Maali_päevik, lk 67
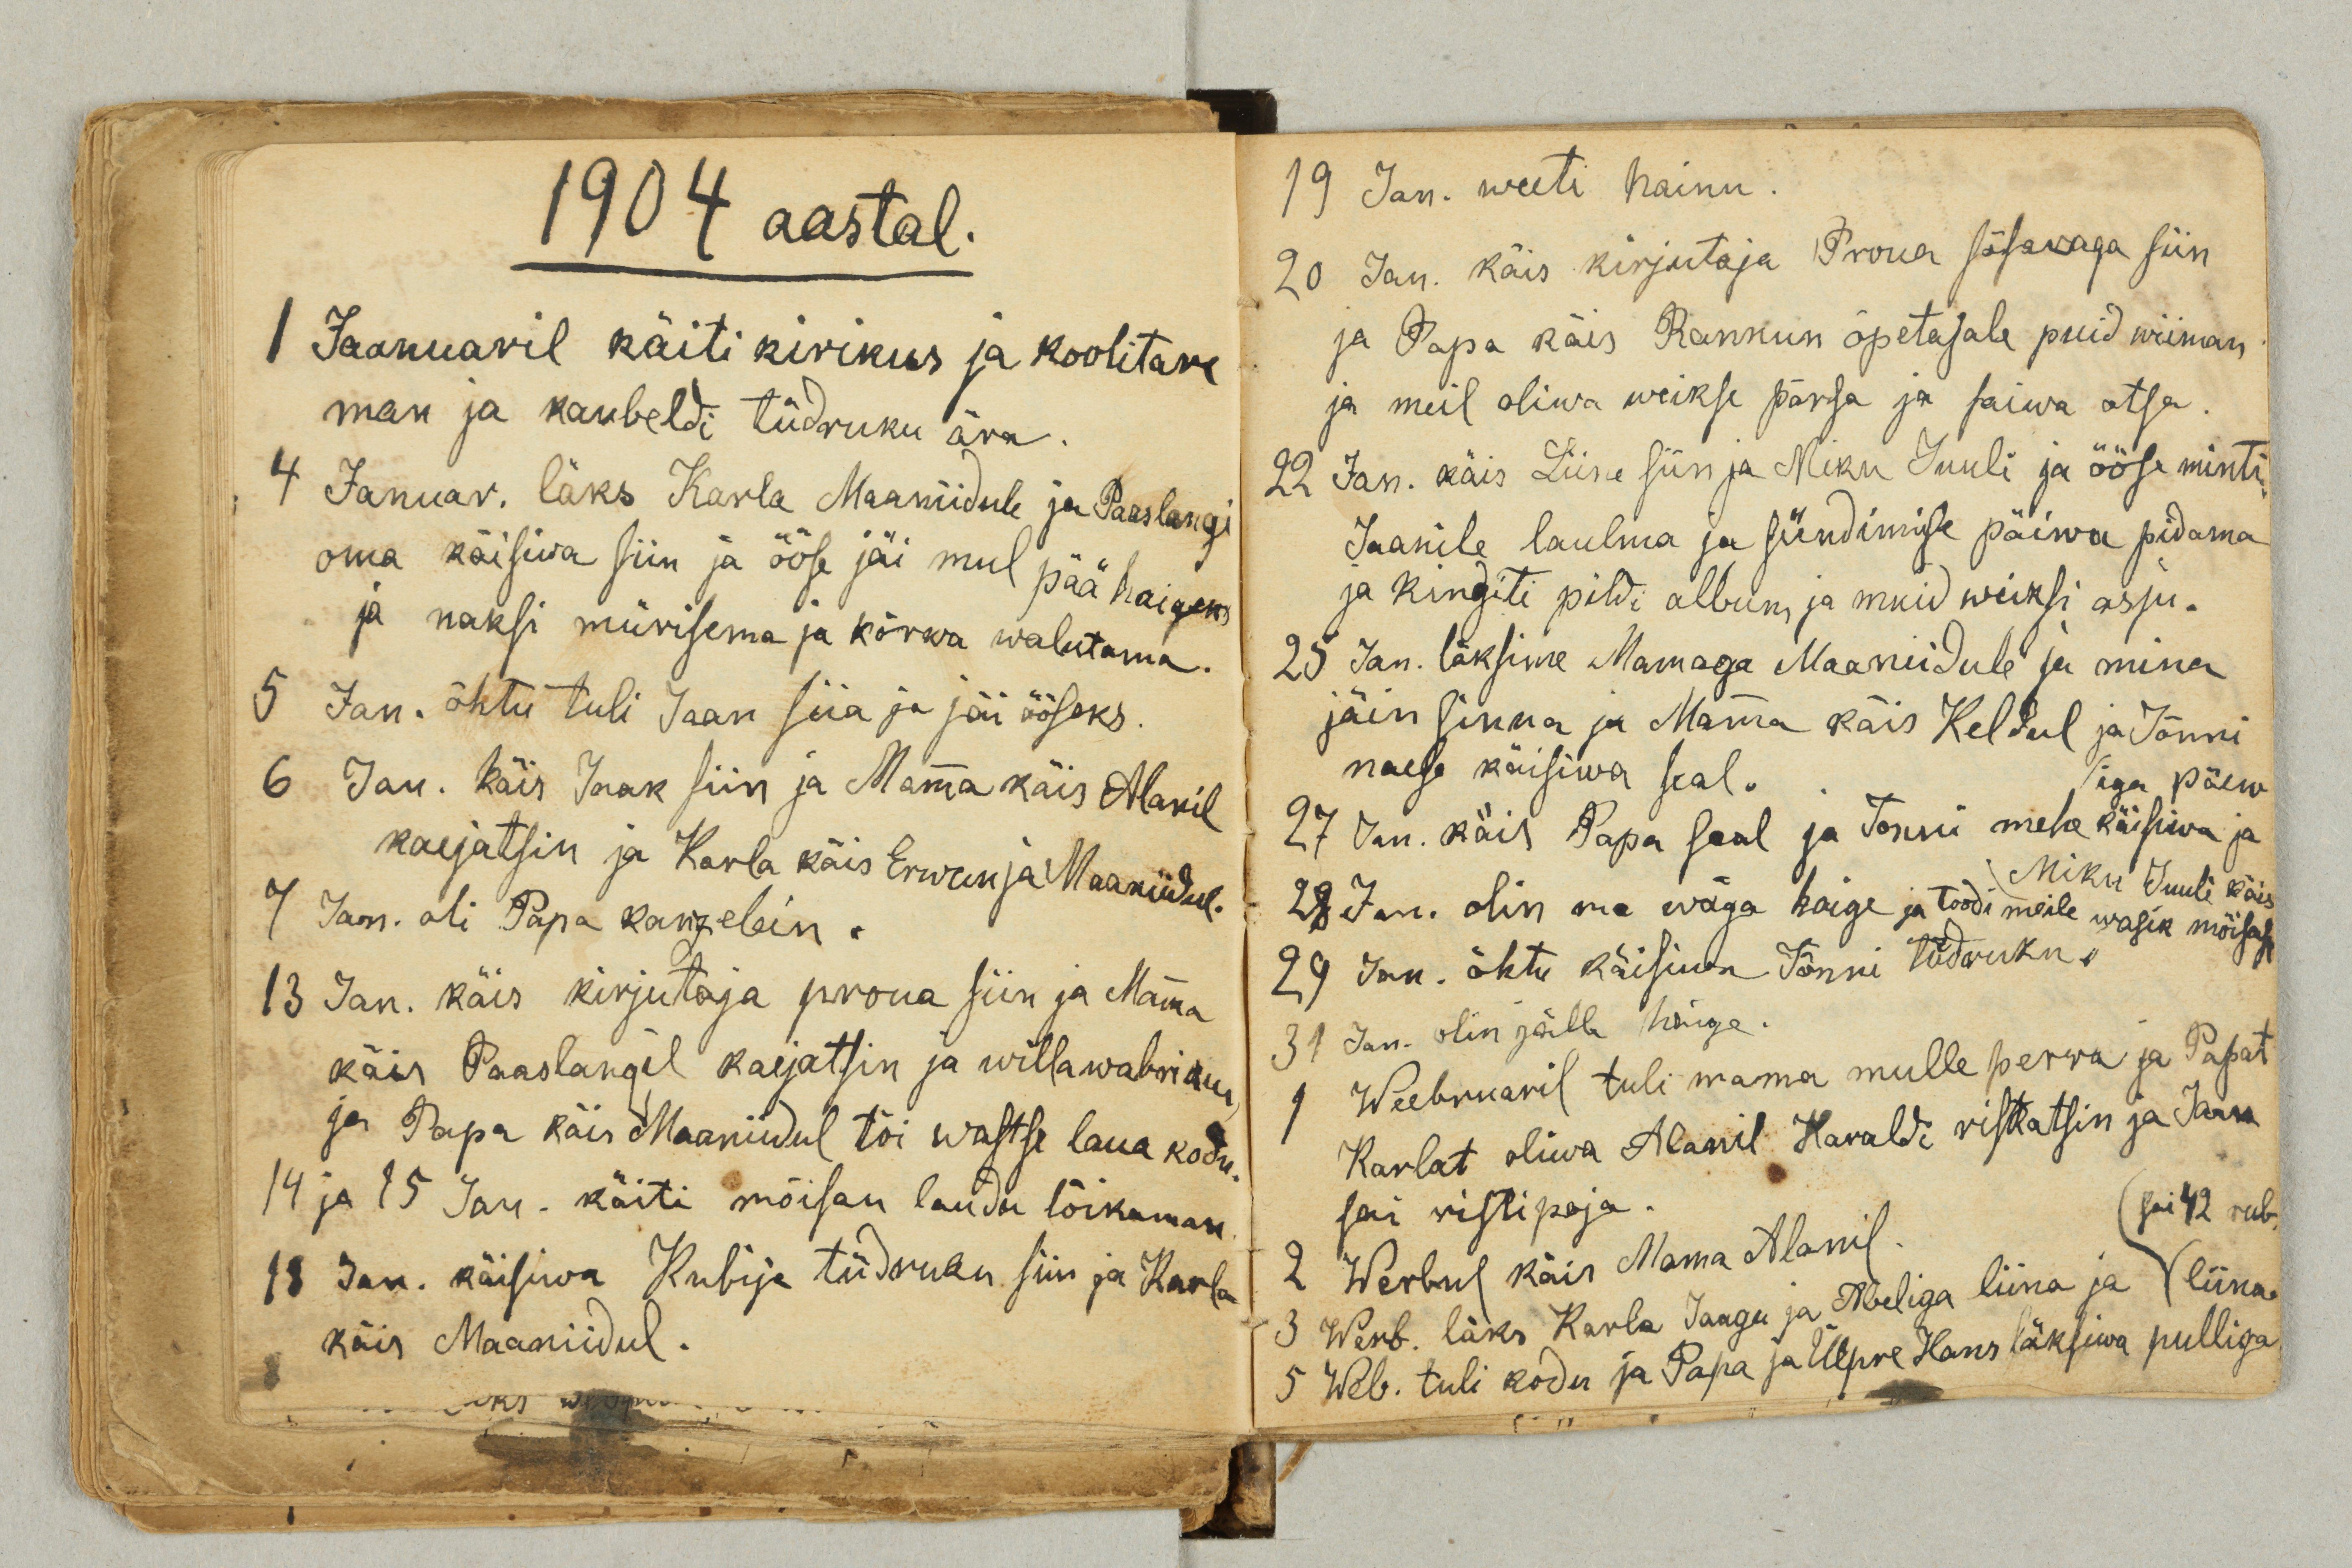
1904 aastal.
1 Jaanuaril käiti kirikus ja koolitare
man ja kaubeldi tüdruku ära.
4 Januar. läks Karla Maaniidule ja Paaslangi
oma käisiwa siin ja ööse jäi mul pää haigeks
ja haksi mürisema ja kõrwa walutama.
5 Jan. õhtu tuli Jaan siia ja jäi ööseks.
6 Jan. käis Jaak siin ja Mamma käis Alanil
karjatsin ja Karla käis Erwul ja Maaniidul.
7 Jan. oli Papa kanzelein.
13 Jan. käis kirjutaja proua siin ja Mamma
käis Paaslangil karjatsin ja willawabrikun
ja Papa käis Maaniidul tõi wastse laua kodu.
14 ja 15 Jan. käiti mõisan laudu lõikaman.
18 Jan. käisiwa Kubija tüdruku siin ja Karla
käis Maaniidul.

19 Jan. weeti hainu.
20 Jan. käis kirjutaja Proua sõsaraga siin
ja Papa käis Rannun õpetajale puid wiiman
ja meil oliwa weikse põrsa ja saiwa otsa.
22 Jan. käis Liine siin ja Miku Juuli ja ööse minti
Jaanile laulma ja sündimise päiwa pidama
ja kingiti pildi album ja muid weiksi asju.
25 Jan. läksime Mamaga Maaniidule ja mina
jäin sinna ja Mamma käis Keldul ja Jõnni
naese käisiwa seal.
iga päew
27 Jan. käis Papa seal ja Jõnni mehe käisiwa ja
Miku Juuli käis
28 Jan. olin ma wäga haige ja toodi meile wasik mõisast.
29 Jan. õhtu käisiwa Jõnni tüdruku.
31 Jan. olin jälle haige.
1 Weebruaril tuli mama mulle perra ja Papat
Karlat oliwa Alanil Haraldi ristkatsin ja Jaan
sai ristipoja.
sai 42 rubl.
2 Werbul käis Mama Alanil.
3 Werb. läks Karla Jaagu ja Abeliga liina ja liina
5 Web. tuli kodu ja Papa ja Ülpre Hans läksiwa pulliga